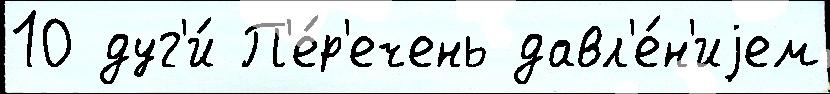
10 дуг'и́ П'е́р'ечень давл'е́н'иjем